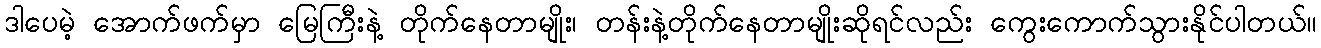
ဒါပေမဲ့ အောက်ဖက်မှာ မြေကြီးနဲ့ တိုက်နေတာမျိုး၊ တန်းနဲ့တိုက်နေတာမျိုးဆိုရင်လည်း ကွေးကောက်သွားနိုင်ပါတယ်။